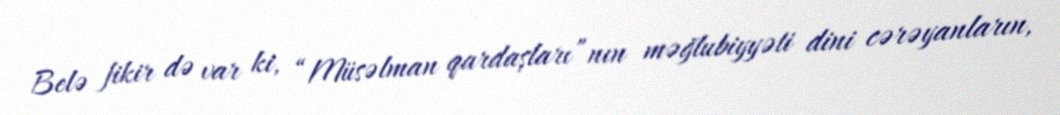
Belə fikir də var ki, “Müsəlman qardaşları”nın məğlubiyyəti dini cərəyanların,